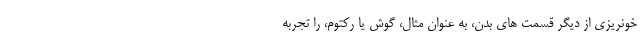
خونریزی از دیگر قسمت های بدن، به عنوان مثال، گوش یا رکتوم، را تجربه